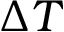
\Delta T